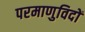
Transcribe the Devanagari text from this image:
परमाणुविदों